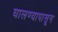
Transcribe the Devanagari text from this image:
घालण्यापासून